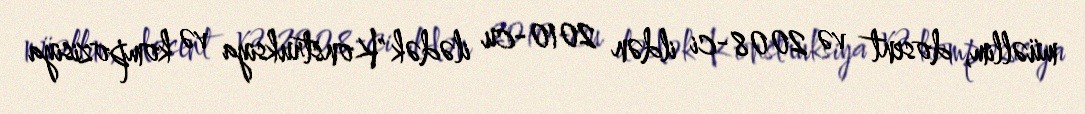
müəllim, dosent və 2008-ci ildən 2010-cu ilədək "Konstruksiya və kompozisiya